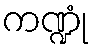
ကဏ္ဍုံ